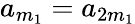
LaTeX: a_{m_{1}}=a_{2m_{1}}